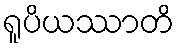
ရူပိယဿာတိ